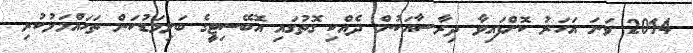
2014 ވަނަ އަހަރު ކޮށްފައިވާ ދިރާސާއަކުން ދެއްކި ގޮތުގައި އޮބޭސިޓީގެ ބަލިމަޑުކަން ތަހައްމަލުކުރި